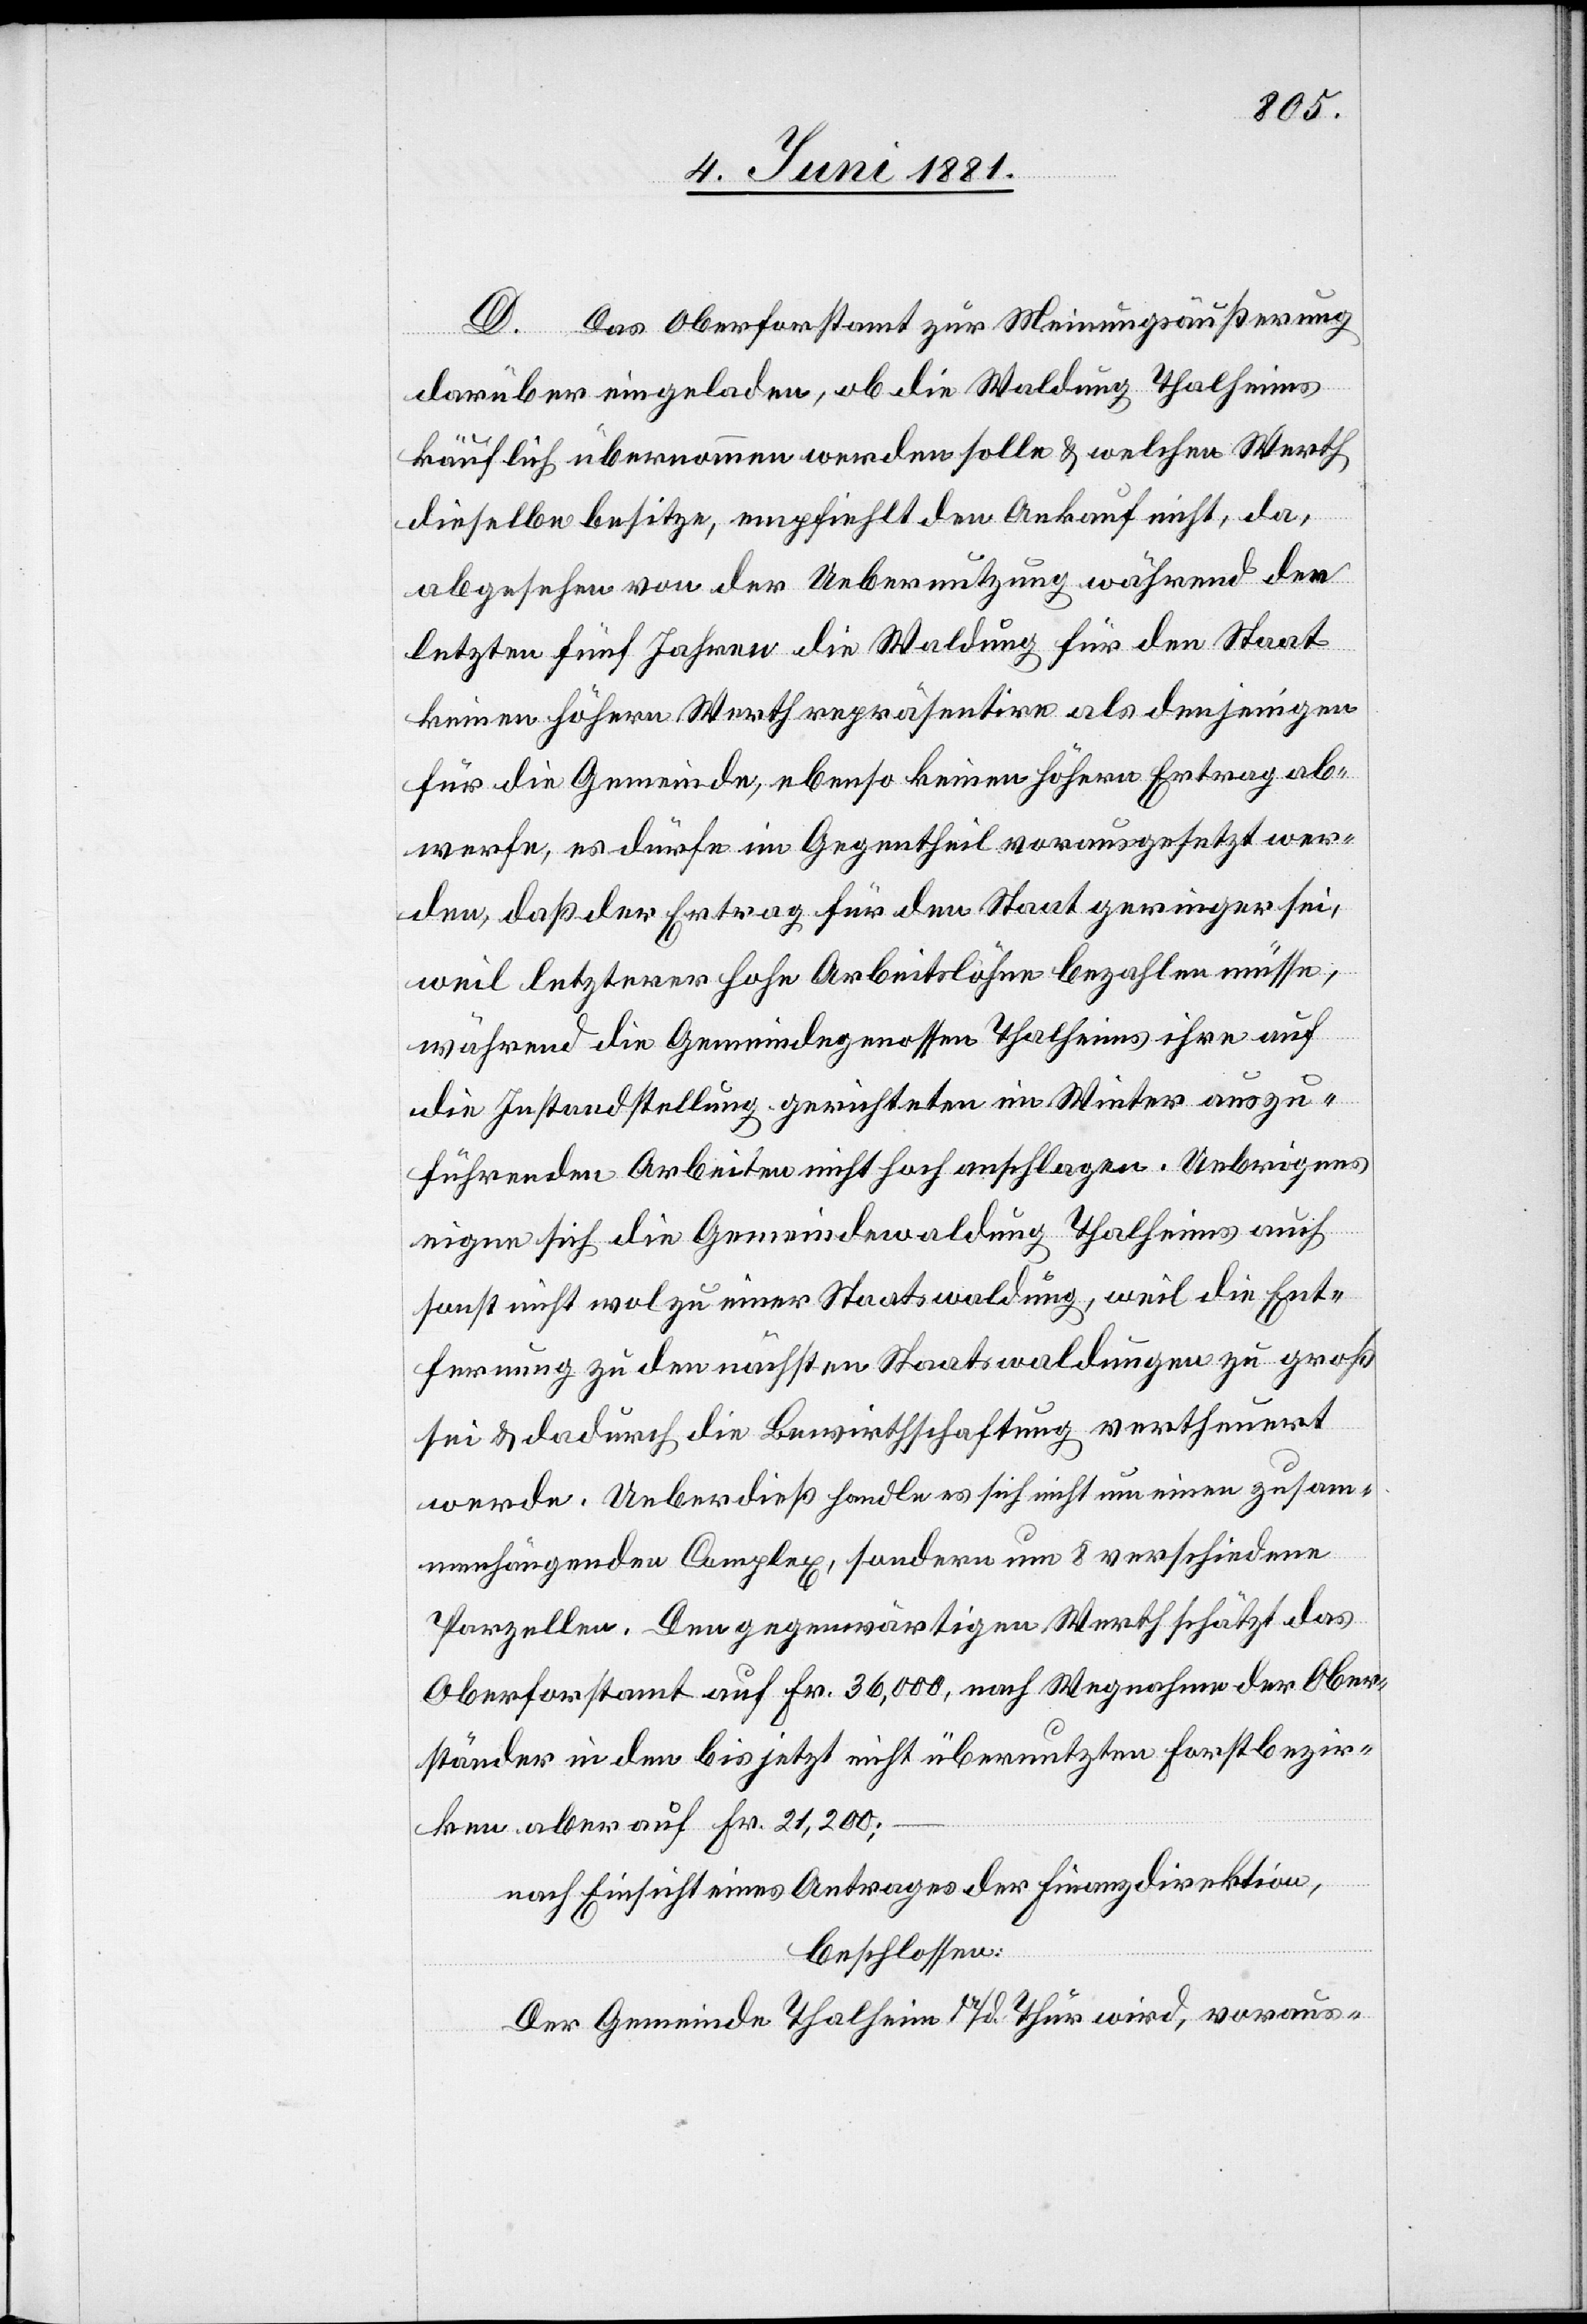
D. Das Oberforstamt zur Meinungsäußerung
darüber eingeladen, ob die Waldung Thalheims
käuflich übernommen werden solle & welchen Werth
dieselbe besitze, empfiehlt den Ankauf nicht, da,
abgesehen von der Uebernutzung während den
letzten fünf Jahren die Waldung für den Staat
keinen höhern Werth repräsentire als denjenigen
für die Gemeinde, ebenso keinen höhern Ertrag ab¬
werfe, es dürfe im Gegentheil vorausgesetzt wer¬
den, daß der Ertrag für den Staat geringer sei,
weil letzterer hohe Arbeitslöhne bezahlen müsse,
während die Gemeindegenossen Thalheim ihre auf
die Instandstellung gerichteten im Winter auszu¬
führenden Arbeiten nicht hoch anschlagen. Uebrigens
eigne sich die Gemeindewaldung Thalheims auch
sonst nicht wol zu einer Staatswaldung, weil die Ent¬
fernung zu den nächsten Staatswaldungen zu groß
sei & dadurch die Bewirthschaftung vertheuert
werde. Ueberdieß handle es sich nicht um einen zusam¬
menhängenden Complex, sondern um 8 verschiedene
Parzellen. Den gegenwärtigen Werth schätzt das
Oberforstamt auf Fr. 36,000, nach Wegnahme der Ober¬
ständer in den bis jetzt nicht übernutzten Forstbezir¬
ken aber auf Fr. 21,200;
nach Einsicht eines Antrages der Finanzdirektion,
beschlossen:
Der Gemeinde Thalheim a/d. Thur wird, voraus-